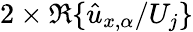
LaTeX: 2\times\mathfrak{R}\{ \hat{u}_{x,\alpha}/U_{j}\}